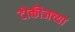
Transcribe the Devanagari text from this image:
टोकीजच्या